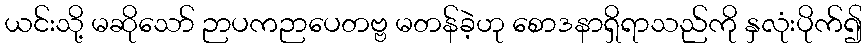
ယင်းသို့ မဆိုသော် ဉာပကဉာပေတဗ္ဗ မတန်ခဲ့ဟု စောဒနာရှိရာသည်ကို နှလုံးပိုက်၍